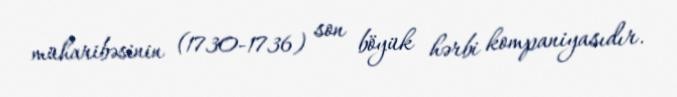
müharibəsinin (1730-1736) son böyük hərbi kompaniyasıdır.